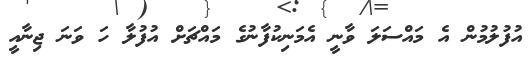
އުފުލުމުން އެ މައްސަލަ ވާނީ އެމަނިކުފާނުގެ މައްޗަށް އުފުލާ ހަ ވަނަ ޖިނާއީ